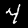
Digit: 4